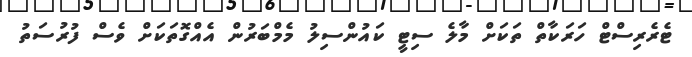
ޓެރެރިސްޓް ހަރަކާތް ތަކަށް މާލެ ސިޓީ ކައުންސިލު މެމްބަރުން އެއްގޮތަކަށް ވެސް ފުރުސަތު